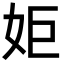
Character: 姖